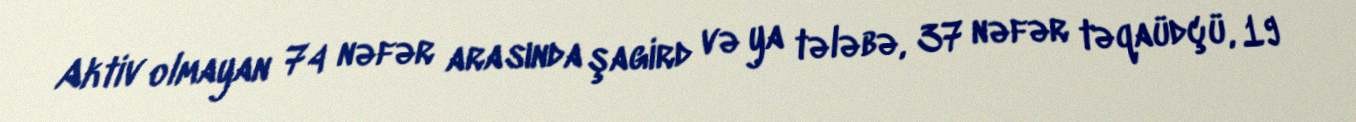
Aktiv olmayan 74 nəfər arasında şagird və ya tələbə, 37 nəfər təqaüdçü, 19